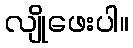
လျိုဖေးပါ။